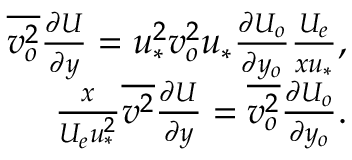
\begin{array} { r } { \overline { { v _ { o } ^ { 2 } } } \frac { \partial U } { \partial y } = u _ { * } ^ { 2 } v _ { o } ^ { 2 } u _ { * } \frac { \partial U _ { o } } { \partial y _ { o } } \frac { U _ { e } } { x u _ { * } } , } \\ { \frac { x } { U _ { e } u _ { * } ^ { 2 } } \overline { { v ^ { 2 } } } \frac { \partial U } { \partial y } = \overline { { v _ { o } ^ { 2 } } } \frac { \partial U _ { o } } { \partial y _ { o } } . } \end{array}